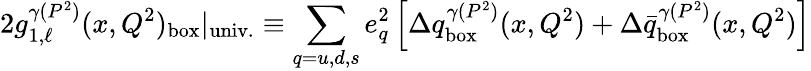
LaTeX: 2g_{1,\ell}^{\gamma(P^{2})}(x,Q^{2})_{\mathrm{box}}|_{\mathrm{univ.}}\equiv\sum_{q=u,d,s}e_{q}^{2}\left[\Delta q_{\mathrm{box}}^{\gamma(P^{2})}(x,Q^{2})+\Delta\bar{q}_{\mathrm{box}}^{\gamma(P^{2})}(x,Q^{2})\right]